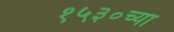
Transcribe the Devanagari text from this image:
१५३०च्या